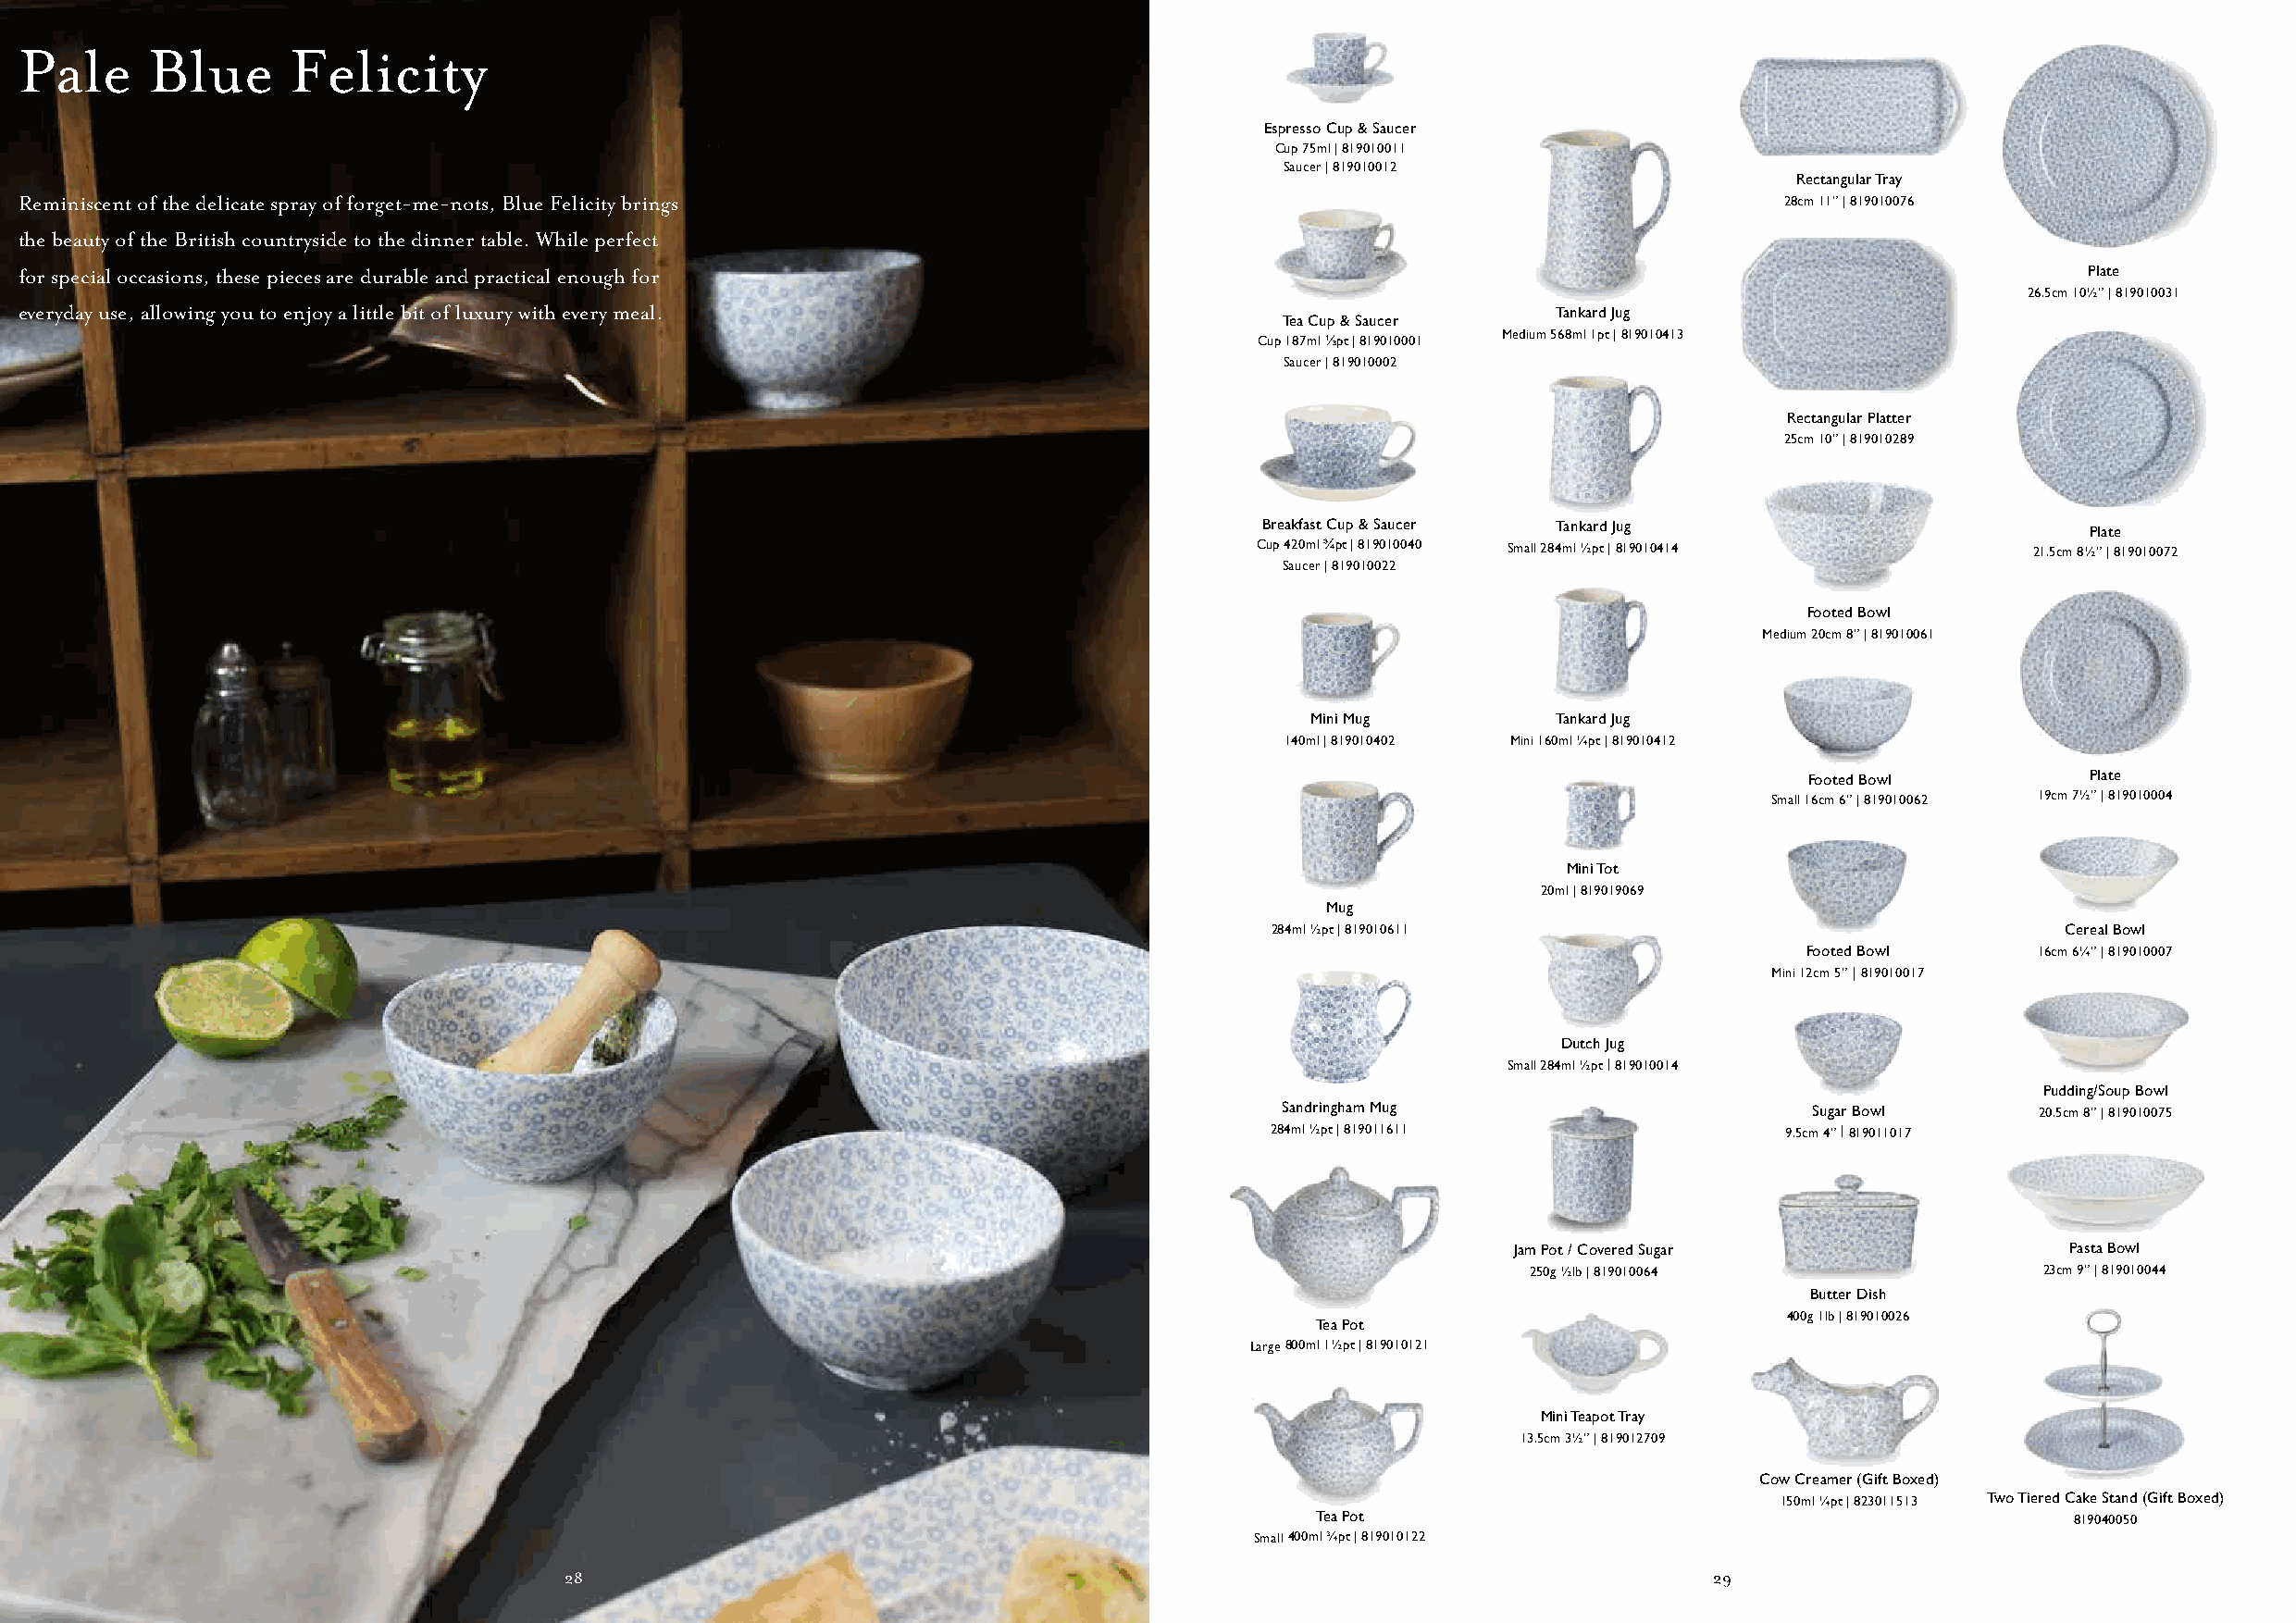
Pale      Blue      Felicity
 Espresso Cup & Saucer
 Cup 75ml | 819010011
 Saucer | 819010012
 Rectangular Tray
 Reminiscent of the delicate spray of forget-me-nots, Blue Felicity brings                                                      28cm 11” | 819010076
 the beauty of the British countryside to the dinner table. While perfect
 for special occasions, these pieces are durable and practical enough for                                                                            Plate
 26.5cm 10½” | 819010031
 everyday use, allowing you to enjoy a little bit of luxury with every meal.                                   Tankard Jug
 Tea Cup & Saucer
 Medium 568ml 1pt | 819010413
 Cup 187ml ⅓pt | 819010001
 Saucer | 819010002
 Rectangular Platter
 25cm 10” | 819010289
 Breakfast Cup & Saucer Tankard Jug
 Plate
 Cup 420ml ¾pt | 819010040 Small 284ml ½pt | 819010414  21.5cm 8½” | 819010072
 Saucer | 819010022
 Footed Bowl
 Medium 20cm 8” | 819010061
 Mini Mug         Tankard Jug
 140ml | 819010402 Mini 160ml ¼pt | 819010412
 Footed Bowl         Plate
 Small 16cm 6” | 819010062 19cm 7½” | 819010004
 Mini Tot
 20ml | 819019069
 Mug
 284ml ½pt | 819010611                                    Cereal Bowl
 Footed Bowl      16cm 6¼” | 819010007
 Mini 12cm 5” | 819010017
 Dutch Jug
 Small 284ml ½pt | 819010014
 Pudding/Soup Bowl
 Sandringham Mug                       Sugar Bowl      20.5cm 8” | 819010075
 284ml ½pt | 819011611                9.5cm 4” | 819011017
 Jam Pot / Covered Sugar                 Pasta Bowl
 250g ½lb | 819010064                 23cm 9” | 819010044
 Butter Dish
 400g 1lb | 819010026
 Tea Pot
 Large 800ml 1½pt | 819010121
 Mini Teapot Tray
 13.5cm 3½” | 819012709
 Cow Creamer (Gift Boxed)
 150ml ¼pt | 823011513 Two Tiered Cake Stand (Gift Boxed)
 Tea Pot                                               819040050
 Small 400ml ¾pt | 819010122
 2288                                                                               29